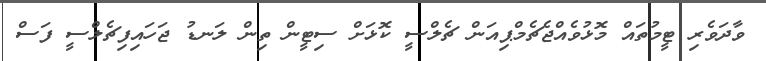
ވާދަވެރި ޓީމުތައް މޮޅުވެއްޖެޗެމްޕިއަން ޗެލްސީ ކޮޅަށް ސިޓީން ތިން ލަނޑު ޖަހައިފިޗެލްސީ ފަސް